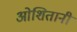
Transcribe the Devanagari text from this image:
ओशितानी